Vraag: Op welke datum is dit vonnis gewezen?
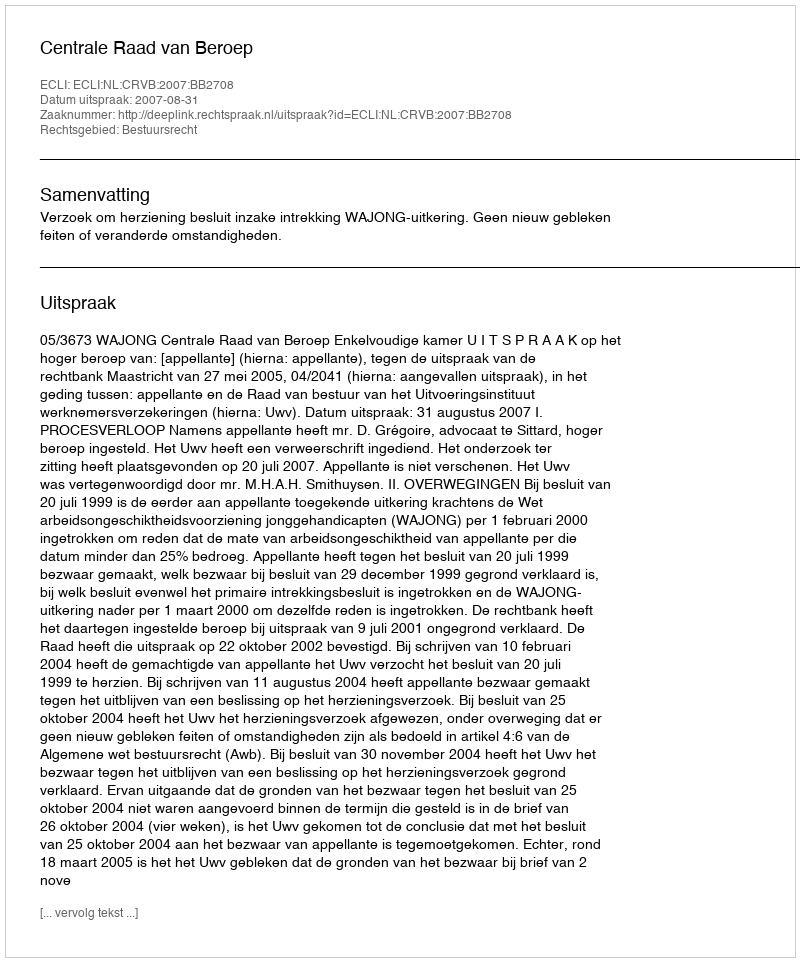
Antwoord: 2007-08-31